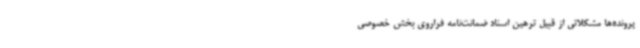
پرونده‌ها مشکلاتی از قبیل ترهین اسناد ضمانت‌نامه فراروی بخش خصوصی